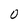
Character: 0